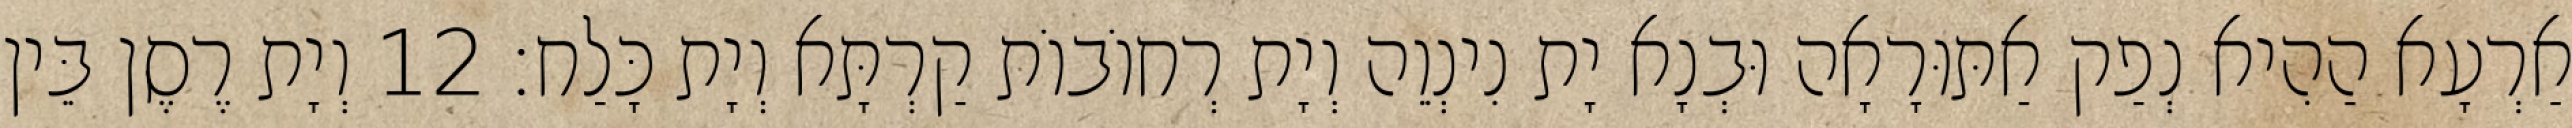
אַרְעָא הַהִיא נְפַק אַתּוּרָאָה וּבְנָא יָת נִינְוֵה וְיָת רְחוֹבוֹת קַרְתָּא וְיָת כָּלַח׃ 12 וְיָת רֶסֶן בֵּין